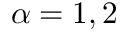
\alpha = 1 , 2